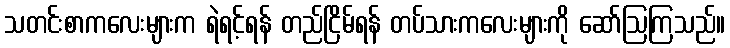
သတင်းစာကလေးများက ရဲရင့်ရန် တည်ငြိမ်ရန် တပ်သားကလေးများကို ဆော်ဩကြသည်။